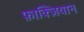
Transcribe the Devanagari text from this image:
फ़ाक्ज़ियान